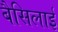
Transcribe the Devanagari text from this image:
बैसिलाई